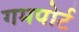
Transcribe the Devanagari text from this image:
गमपोर्ट